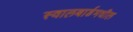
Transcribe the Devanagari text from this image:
स्वालबार्डमधील